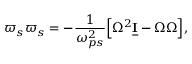
\boldsymbol \varpi _ { s } \boldsymbol \varpi _ { s } = - \frac { 1 } { \omega _ { p s } ^ { 2 } } \Big [ \Omega ^ { 2 } \underline { { \mathbf I } } - \boldsymbol \Omega \boldsymbol \Omega \Big ] ,